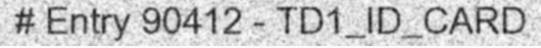
# Entry 90412 - TD1_ID_CARD